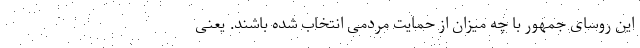
این روسای جمهور با چه میزان از حمایت مردمی انتخاب شده باشند. یعنی